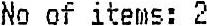
NO OF ITEMS: 2